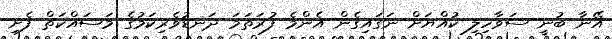
އޭނާ ބުނީ ސަވާހިލި ކުއްޔަށް ނަގައިގެން އެންމެ ފުރަތަމަ ދަނޑުވެރިކަމުގެ މަސައްކަތް ފެށި